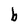
Character: b